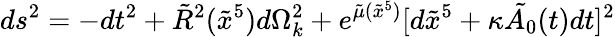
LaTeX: ds^{2}=-dt^{2}+\tilde{R}^{2}(\tilde{x}^{5})d\Omega_{k}^{2}+e^{\tilde{\mu}(\tilde{x}^{5})}[d\tilde{x}^{5}+\kappa\tilde{A_{0}}(t)dt]^{2}